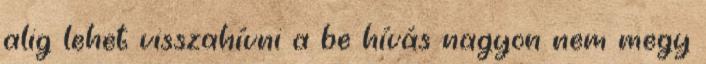
alig lehet visszahívni a be hívás nagyon nem megy